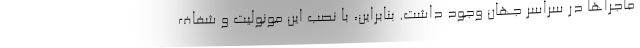
ماجراها در سراسر جهان وجود داشت. بنابراین، با نصب این مونولیت و شفاف